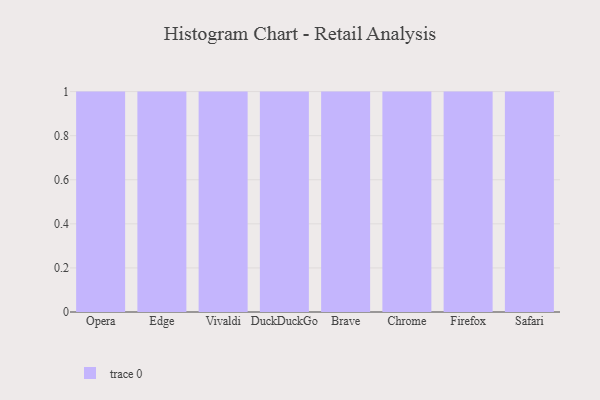
{"axis": {"x": "Browser", "y": "Gross Profit (USD K)"}, "legend": [""], "data": [{"x": "Opera", "y": 5, "type": ""}, {"x": "Edge", "y": 8, "type": ""}, {"x": "Vivaldi", "y": 89, "type": ""}, {"x": "DuckDuckGo", "y": 55, "type": ""}, {"x": "Brave", "y": 67, "type": ""}, {"x": "Chrome", "y": 46, "type": ""}, {"x": "Firefox", "y": 44, "type": ""}, {"x": "Safari", "y": 17, "type": ""}]}